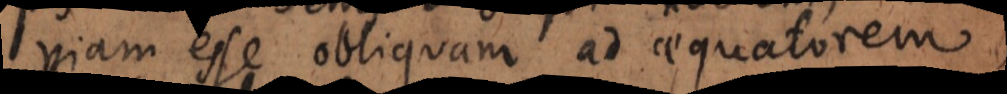
viam esse obliquam ad aequatorem,